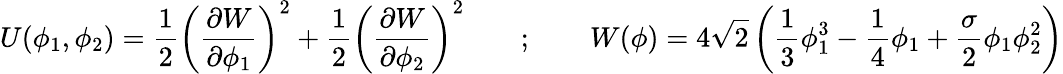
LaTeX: U(\phi_{1},\phi_{2})=\frac{1}{2}\left(\frac{\partial W}{\partial\phi_{1}}\right)^{2}+\frac{1}{2}\left(\frac{\partial W}{\partial\phi_{2}}\right)^{2}\qquad;\qquad W(\phi)=4\sqrt{2}\left(\frac{1}{3}\phi_{1}^{3}-\frac{1}{4}\phi_{1}+\frac{\sigma}{2}\phi_{1}\phi_{2}^{2}\right)